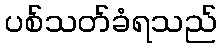
ပစ်သတ်ခံရသည်